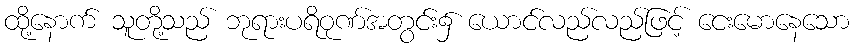
ထို့နောက် သူတို့သည် ဘုရားပရိဝုဏ်အတွင်း၌ ယောင်လည်လည်ဖြင့် ငေးမောနေသော